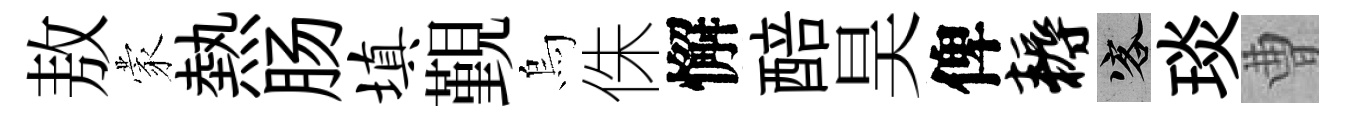
敖蒙熱肠填覲烏侏懈醅昊俾耨客琰曹